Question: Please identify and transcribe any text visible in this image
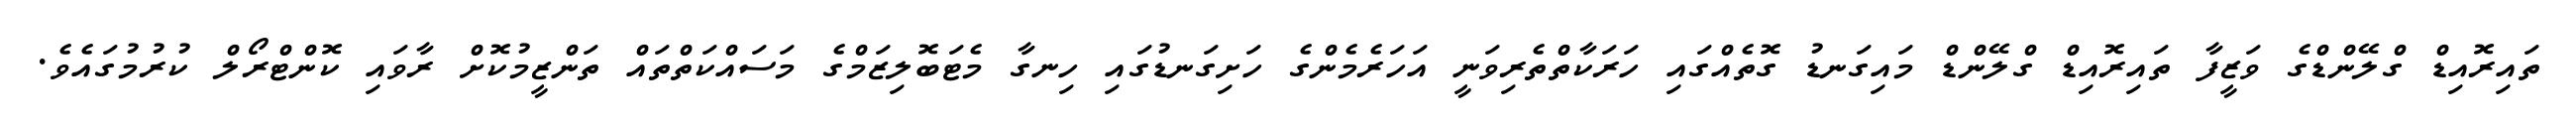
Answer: ތައިރޮއިޑް ގްލޭންޑްގެ ވަޒީފާ ތައިރޮއިޑް ގްލޭންޑް މައިގަނޑު ގޮތެއްގައި ހަރަކާތްތެރިވަނީ އަހަރެމެންގެ ހަށިގަނޑުގައި ހިނގާ މެޓަބޮލިޒަމްގެ މަސައްކަތްތައް ތަންޒީމުކޮށް ރާވައި ކޮންޓްރޯލް ކުރުމުގައެވެ.